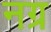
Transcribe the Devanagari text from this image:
नग्र